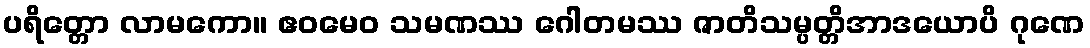
ပရိတ္တော လာမကော။ ဧဝမေဝ သမဏဿ ဂေါတမဿ ဇာတိသမ္ပတ္တိအာဒယောပိ ဂုဏေ